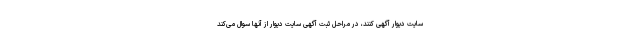
سایت دیوار آگهی کنند، در مراحل ثبت آگهی سایت دیوار از آنها سوال می‌کند